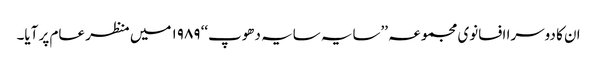
ان کا دوسرا افسانوی مجموعہ ’’سایہ سایہ دھوپ‘‘ ۱۹۸۹ میں منظر عام پر آیا۔